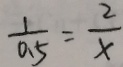
\frac { 1 } { 0 . 5 } = \frac { 2 } { x }